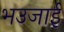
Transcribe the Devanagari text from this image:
भउजाई